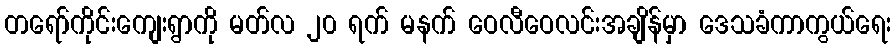
တရော်ကိုင်းကျေးရွာကို မတ်လ ၂၀ ရက် မနက် ဝေလီဝေလင်းအချိန်မှာ ဒေသခံကာကွယ်ရေး